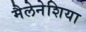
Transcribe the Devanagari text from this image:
मैलेनेशिया